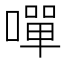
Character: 嘽